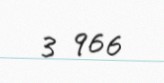
3 966